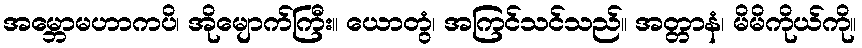
အမ္ဘောမဟာကပိ၊ အိုမျောက်ကြီး။ ယောတွံ၊ အကြင်သင်သည်။ အတ္တာနံ၊ မိမိကိုယ်ကို။